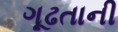
ગૂઢતાની